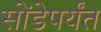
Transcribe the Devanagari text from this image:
सोंडेपर्यंत